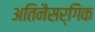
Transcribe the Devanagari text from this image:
अतिनैसर्गिक